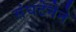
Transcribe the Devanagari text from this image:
संघटेनेने